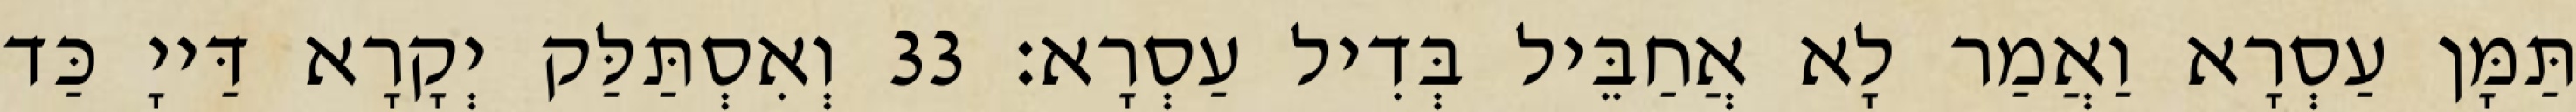
תַּמָּן עַסְרָא וַאֲמַר לָא אֲחַבֵּיל בְּדִיל עַסְרָא׃ 33 וְאִסְתַּלַּק יְקָרָא דַּייָ כַּד